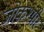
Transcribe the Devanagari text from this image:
जोकश्मीर